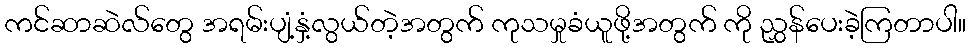
ကင်ဆာဆဲလ်တွေ အရမ်းပျံ့နှံ့လွယ်တဲ့အတွက် ကုသမှုခံယူဖို့အတွက် ကို ညွှန်ပေးခဲ့ကြတာပါ။